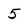
Character: 5